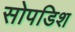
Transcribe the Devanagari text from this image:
सोपडिश